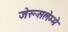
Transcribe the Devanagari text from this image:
जेरूसलेम्मे